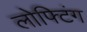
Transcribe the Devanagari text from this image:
लोफ्टिंग